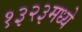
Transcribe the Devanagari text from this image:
१३२३मध्ये